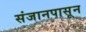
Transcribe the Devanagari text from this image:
संजानपासून